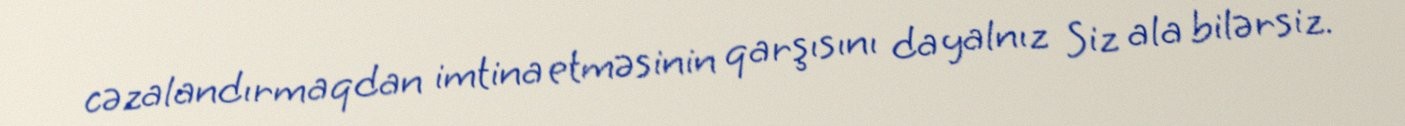
cəzalandırmaqdan imtina etməsinin qarşısını da yalnız Siz ala bilərsiz.